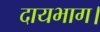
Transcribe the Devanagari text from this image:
दायभाग।